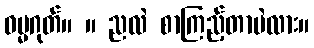
ဓမ္မဂုတ်။ ။ ညလဲ စာကြည့်တာပဲလား။